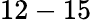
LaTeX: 12-15